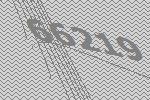
66219